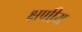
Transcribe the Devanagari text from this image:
क्षणीय